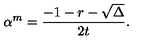
\alpha ^ { m } = \frac { - 1 - r - \sqrt { \Delta } } { 2 t } .